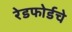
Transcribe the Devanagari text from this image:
रेडफोर्डचे